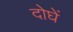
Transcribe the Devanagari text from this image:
दोघें